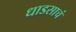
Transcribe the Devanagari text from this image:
धाडसाचं